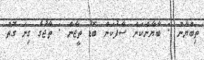
ތިބްޔާން : ބާޔާންކަން ސާފުކަން ބޮޑު ތީޖާން : ތާޖުގެ ގިނަ ގޮތް